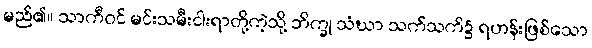
မည်၏။ သာကီဝင် မင်းသမီးငါးရာတို့ကဲ့သို့ ဘိက္ခု သံဃာ သက်သက်၌ ရဟန်းဖြစ်သော